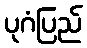
ပုဂံပြည်